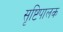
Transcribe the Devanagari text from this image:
सृष्टिपालक